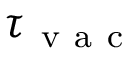
\tau _ { \mathrm { ~ v ~ a ~ c ~ } }